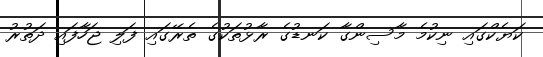
ކަޔެކްގައި ނިކުމެ މާސިންގާ ކަނޑުގެ ރާޅުތަކުގެ ތެރޭގައި ފަލި ޖަހާފައި ދަތުރު